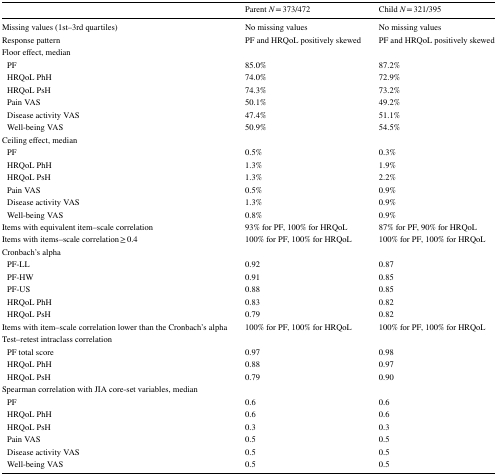
<table><thead><tr><td></td><td><b>Parent <i>N</i> = 373/472</b></td><td><b>Child <i>N</i> = 321/395</b></td></tr></thead><tbody><tr><td>Missing values (1st–3rd quartiles)</td><td>No missing values</td><td>No missing values</td></tr><tr><td>Response pattern</td><td>PF and HRQoL positively skewed</td><td>PF and HRQoL positively skewed</td></tr><tr><td colspan="3">Floor effect, median</td></tr><tr><td> PF</td><td>85.0%</td><td>87.2%</td></tr><tr><td> HRQoL PhH</td><td>74.0%</td><td>72.9%</td></tr><tr><td> HRQoL PsH</td><td>74.3%</td><td>73.2%</td></tr><tr><td> Pain VAS</td><td>50.1%</td><td>49.2%</td></tr><tr><td> Disease activity VAS</td><td>47.4%</td><td>51.1%</td></tr><tr><td> Well-being VAS</td><td>50.9%</td><td>54.5%</td></tr><tr><td colspan="3">Ceiling effect, median</td></tr><tr><td> PF</td><td>0.5%</td><td>0.3%</td></tr><tr><td> HRQoL PhH</td><td>1.3%</td><td>1.9%</td></tr><tr><td> HRQoL PsH</td><td>1.3%</td><td>2.2%</td></tr><tr><td> Pain VAS</td><td>0.5%</td><td>0.9%</td></tr><tr><td> Disease activity VAS</td><td>1.3%</td><td>0.9%</td></tr><tr><td> Well-being VAS</td><td>0.8%</td><td>0.9%</td></tr><tr><td>Items with equivalent item–scale correlation</td><td>93% for PF, 100% for HRQoL</td><td>87% for PF, 90% for HRQoL</td></tr><tr><td>Items with items–scale correlation ≥ 0.4</td><td>100% for PF, 100% for HRQoL</td><td>100% for PF, 100% for HRQoL</td></tr><tr><td colspan="3">Cronbach’s alpha</td></tr><tr><td> PF-LL</td><td>0.92</td><td>0.87</td></tr><tr><td> PF-HW</td><td>0.91</td><td>0.85</td></tr><tr><td> PF-US</td><td>0.88</td><td>0.85</td></tr><tr><td> HRQoL PhH</td><td>0.83</td><td>0.82</td></tr><tr><td> HRQoL PsH</td><td>0.79</td><td>0.82</td></tr><tr><td>Items with item–scale correlation lower than the Cronbach’s alpha</td><td>100% for PF, 100% for HRQoL</td><td>100% for PF, 100% for HRQoL</td></tr><tr><td colspan="3">Test–retest intraclass correlation</td></tr><tr><td> PF total score</td><td>0.97</td><td>0.98</td></tr><tr><td> HRQoL PhH</td><td>0.88</td><td>0.97</td></tr><tr><td> HRQoL PsH</td><td>0.79</td><td>0.90</td></tr><tr><td colspan="3">Spearman correlation with JIA core-set variables, median</td></tr><tr><td> PF</td><td>0.6</td><td>0.6</td></tr><tr><td> HRQoL PhH</td><td>0.6</td><td>0.6</td></tr><tr><td> HRQoL PsH</td><td>0.3</td><td>0.3</td></tr><tr><td> Pain VAS</td><td>0.5</td><td>0.5</td></tr><tr><td> Disease activity VAS</td><td>0.5</td><td>0.5</td></tr><tr><td> Well-being VAS</td><td>0.5</td><td>0.5</td></tr></tbody></table>